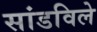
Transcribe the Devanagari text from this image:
सांडविले